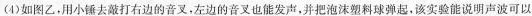
(4)如图乙，用小锤去敲打右边的音叉，左边的音叉也能发声，并把泡沫塑料球弹起，该实验能说明声波可以